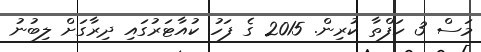
މަސް 3 ހަފްތާ ކުރިން. 2015 ގެ ފަހު ކުއާޓަރުގައި ދިރާގަށް ލިބުނު